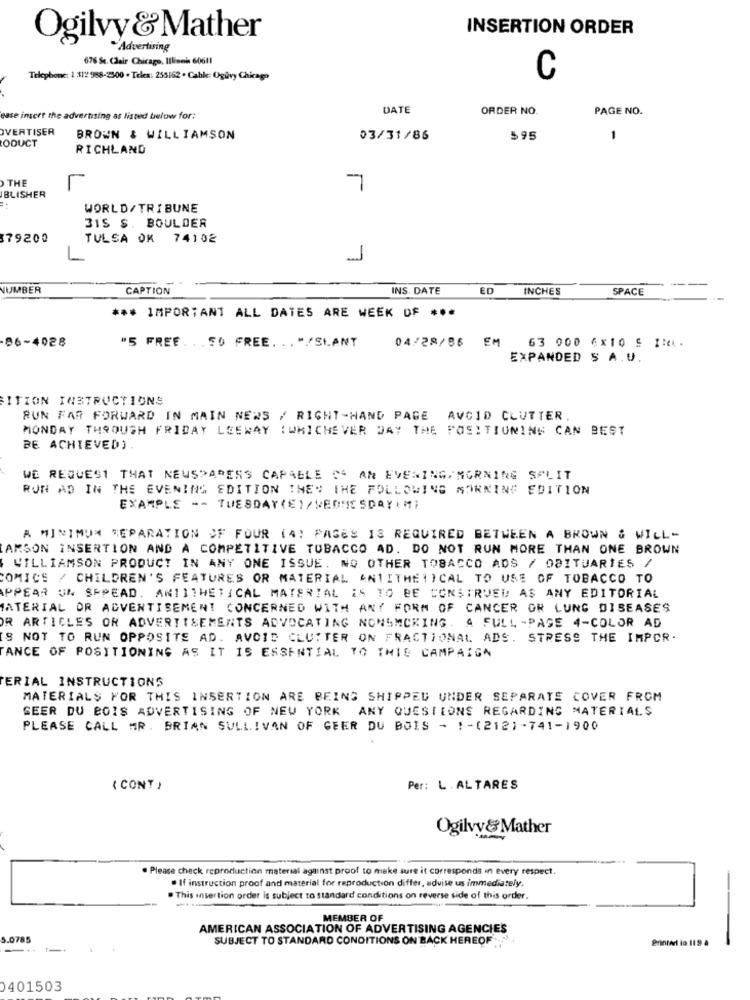
INSERTION ORDER
Ogilvy &Mather
-Advertising
676 St. Clair Chicago, Illinois 60611
Telephone: 1 512 988-2500 . Telex: 255162 . Cable: Ogüvy Chicago
C
DATE
ORDER NO.
PAGE NO.
ease insert the advertising as listed below for:
VERTISER
ODUCT
BROWN & WILLIAMSON
03/31/86
595
-
RICHLAND
THE
7
BLISHER
WORLD/TRIBUNE
315 S. BOULDER
79200
TULSA OK 74102
1
NUMBER
CAPTION
INS. DATE
ED
INCHES
SPACE
*** IMPORTANT ALL DATES ARE WEEK OF ***
86-4028
"5 FREE . .. SO FREE. . . ""SLANT
04/28/86 EM 63 000 6x10 5 INA.
EXPANDED S A. U.
SITION INSTRUCTIONS
RUN FAR FORWARD IN MAIN NEWS / RIGHT-HAND PAGE
AVCID CLUTTER
MONDAY THROUGH FRIDAY LEEWAY (WHICHEVER DAY THE POSITIONING CAN BEST
BE ACHIEVED)
WE REQUEST THAT NEWSPAPERS CAPABLE OF AN EVENING MORNING SPLIT
RUN AD IN THE EVENING EDITION THEN THE FOLLOWING MORNING EDITION
EXAMPLE -- TUESDAY(E)/MEDTESDAY(MI
A MINIMUM SEPARATION OF FOUR (4) PASES IS REQUIRED BETWEEN A BROWN & WILL-
AMSON INSERTION AND A COMPETITIVE TOBACCO AD. DO NOT RUN MORE THAN ONE BROWN
WILLIAMSON PRODUCT IN ANY ONE ISSUE. NO OTHER TOBACCO ADS / OBITUARIES /
COMICS / CHILDREN'S FEATURES OR MATERIAL ANTITHETICAL TO USE OF TOBACCO TO
APPEAR UN SPREAD. ANTITHETICAL MATERIAL IS TO BE CONSTRUED AS ANY EDITORIAL
MATERIAL OR ADVERTISEMENT CONCERNED WITH ANY FORM OF CANCER OR LUNG DISEASES
R ARTICLES OR ADVERTISEMENTS ADVOCATING NONSMOKING. A FULL -PAGE 4-COLOR AD
IS NOT TO RUN OPPOSITE AD. AVOID CLUSTER ON FRACTIONAL ADS. STRESS THE IMPOR-
TANCE OF POSITIONING AS IT IS ESSENTIAL TO THIS CAMPAIGN
ERIAL INSTRUCTIONS
MATERIALS FOR THIS INSERTION ARE BEING SHIPPED UNDER SEPARATE COVER FROM
SEER DU BOIS ADVERTISING OF NEW YORK ANY QUESTIONS REGARDING MATERIALS
PLEASE CALL MR. BRIAN SULLIVAN OF GEER DU BOIS - : - (212) -741-1900
( CONT )
Per: L . ALTARES
Ogilvy&Mather
. Please check reproduction material against proof to make sure it corresponds in every respect.
. If instruction proof and material for reproduction differ, advise us immediately.
. This insertion order is subject to standard conditions on reverse side of this order.
-
MEMBER OF
AMERICAN ASSOCIATION OF ADVERTISING AGENCIES
.0785
SUBJECT TO STANDARD CONDITIONS ON BACK HEREOF
Printer ia 119 4
0401503